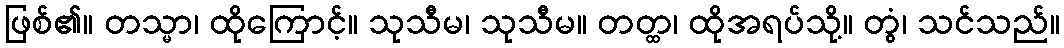
ဖြစ်၏။ တသ္မာ၊ ထိုကြောင့်။ သုသီမ၊ သုသီမ။ တတ္ထ၊ ထိုအရပ်သို့။ တွံ၊ သင်သည်။